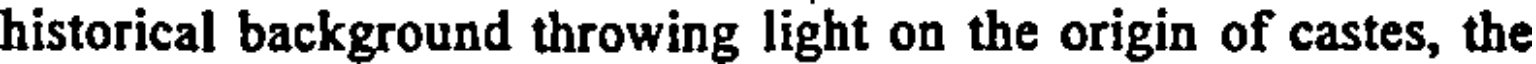
historical background throwing light on the origin of castes, the